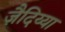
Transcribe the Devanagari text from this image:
ज़ैदिय्या